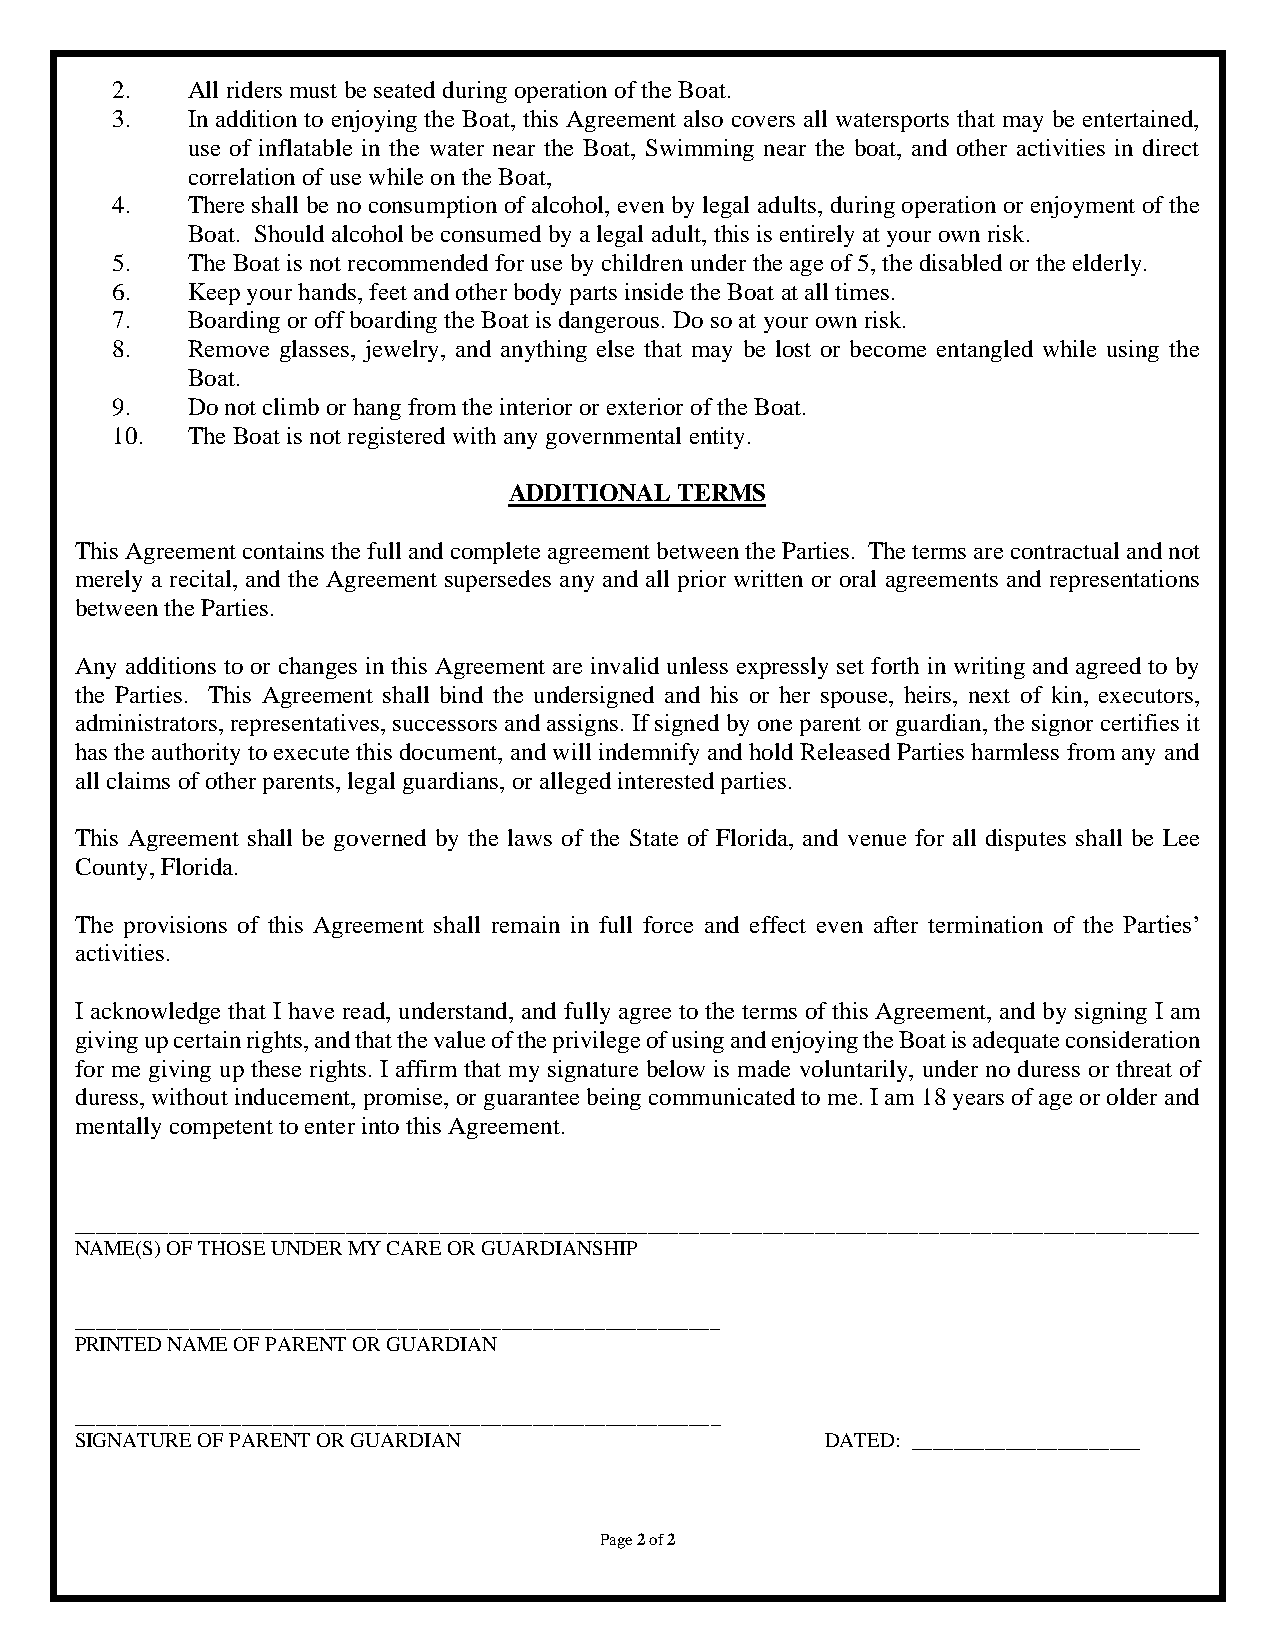
2.   All riders must be seated during operation of the Boat.
 3.   In addition to enjoying the Boat, this Agreement also covers all watersports that may be entertained,
 use of inflatable in the water near the Boat, Swimming near the boat, and other activities in direct
 correlation of use while on the Boat,
 4.   There shall be no consumption of alcohol, even by legal adults, during operation or enjoyment of the
 Boat. Should alcohol be consumed by a legal adult, this is entirely at your own risk.
 5.   The Boat is not recommended for use by children under the age of 5, the disabled or the elderly.
 6.   Keep your hands, feet and other body parts inside the Boat at all times.
 7.   Boarding or off boarding the Boat is dangerous. Do so at your own risk.
 8.   Remove glasses, jewelry, and anything else that may be lost or become entangled while using the
 Boat.
 9.   Do not climb or hang from the interior or exterior of the Boat.
 10.  The Boat is not registered with any governmental entity.
 ADDITIONAL TERMS
 This Agreement contains the full and complete agreement between the Parties. The terms are contractual and not
 merely a recital, and the Agreement supersedes any and all prior written or oral agreements and representations
 between the Parties.
 Any additions to or changes in this Agreement are invalid unless expressly set forth in writing and agreed to by
 the Parties. This Agreement shall bind the undersigned and his or her spouse, heirs, next of kin, executors,
 administrators, representatives, successors and assigns. If signed by one parent or guardian, the signor certifies it
 has the authority to execute this document, and will indemnify and hold Released Parties harmless from any and
 all claims of other parents, legal guardians, or alleged interested parties.
 This Agreement shall be governed by the laws of the State of Florida, and venue for all disputes shall be Lee
 County, Florida.
 The provisions of this Agreement shall remain in full force and effect even after termination of the Parties’
 activities.
 I acknowledge that I have read, understand, and fully agree to the terms of this Agreement, and by signing I am
 giving up certain rights, and that the value of the privilege of using and enjoying the Boat is adequate consideration
 for me giving up these rights. I affirm that my signature below is made voluntarily, under no duress or threat of
 duress, without inducement, promise, or guarantee being communicated to me. I am 18 years of age or older and
 mentally competent to enter into this Agreement.
 ____________________________________________________________________________________________________________
 NAME(S) OF THOSE UNDER MY CARE OR GUARDIANSHIP
 ______________________________________________________________
 PRINTED NAME OF PARENT OR GUARDIAN
 ______________________________________________________________
 SIGNATURE OF PARENT OR GUARDIAN                   DATED: ______________________
 Page 2 of 2